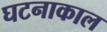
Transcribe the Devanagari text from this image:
घटनाकाल